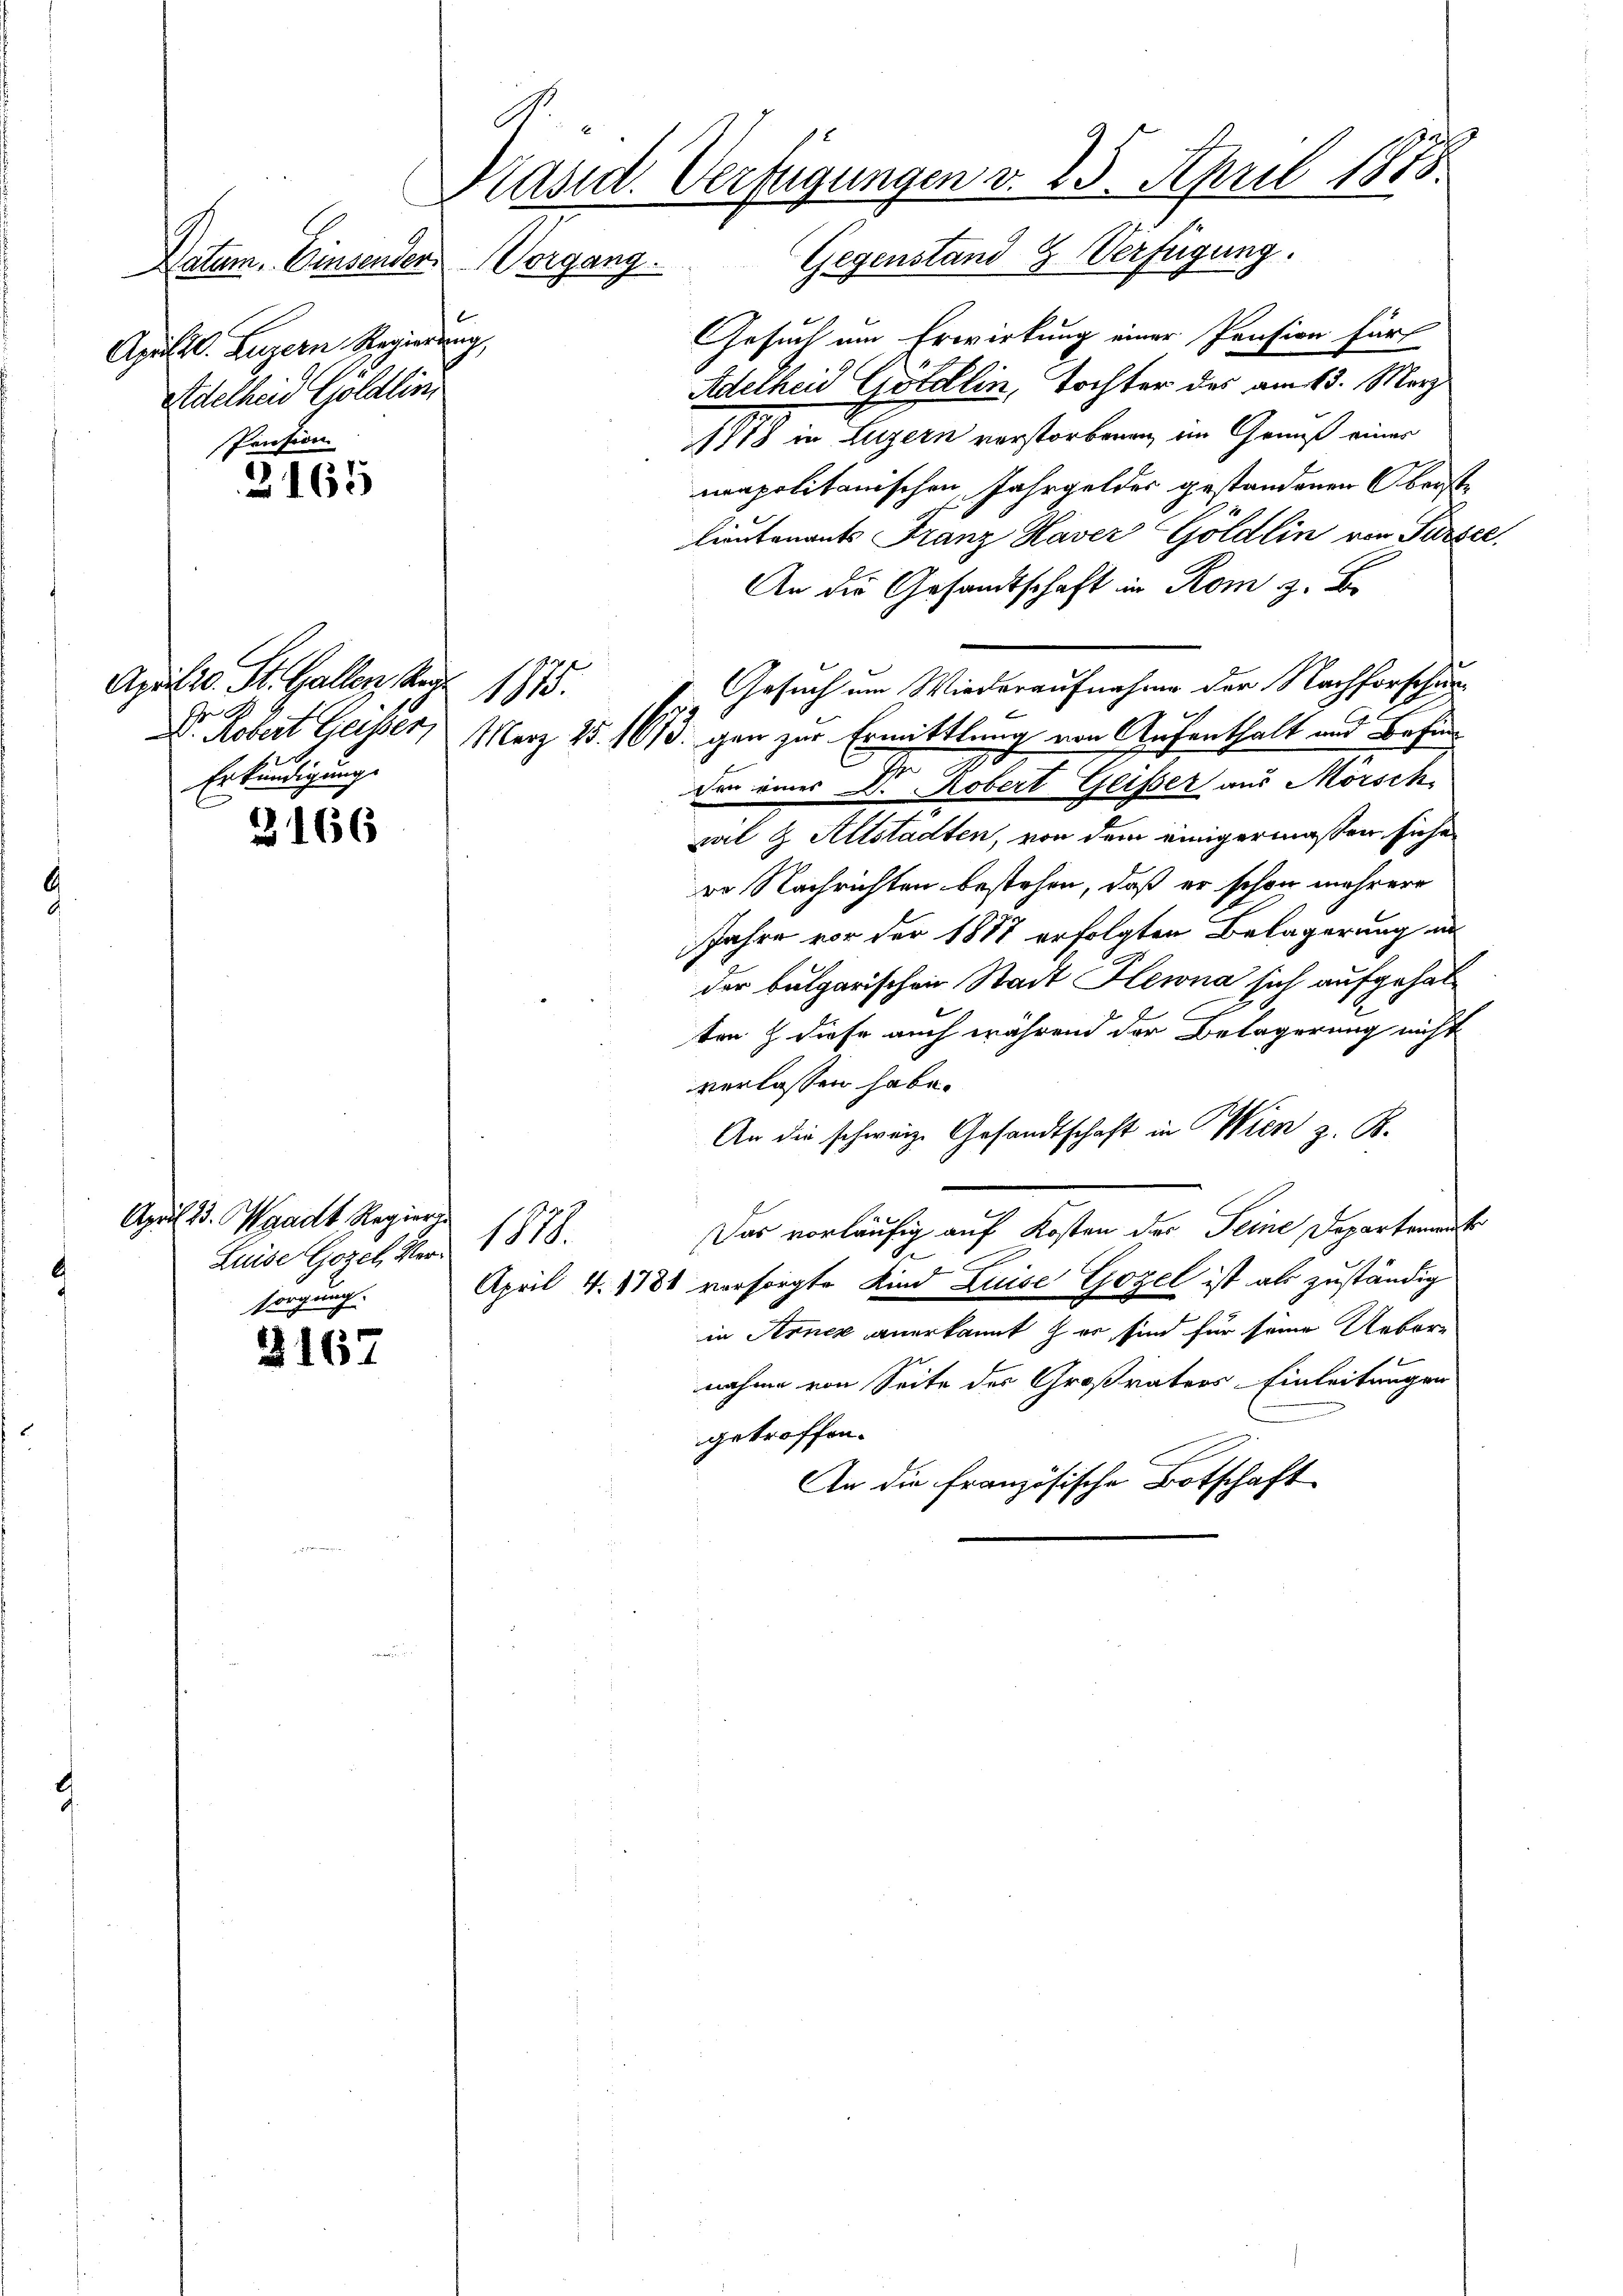
Präsid. Verfügungen d. 25. April 1875.
Natum. Einsenden Vorgang. Gegenstand & Verfügung.

Aprilil. Luzern Regierung,
Adelheid Göldlin,
Pension

3165

3166

3167

Aprilio. St. Gallen, Reg.
u
0
Erkundigung

April 23. Waadt Regier
Luise Gozel Merz 1878.
sorgung.

Gesuch um Erwirkung einer Pension fürt
Adelheid Götellin, Tochter des am 13. März
2
1878 in Luzern verstorbenen im Genuß einer
mapolitanischen Jahrgeldes gestandenen Oberste
lieutenants Franz Havez-Göldlin von Sursee,
An die Gesandtschaft in Rom z. B.
Gesuch um Wiederaufnahme der Nachforschung
t
2
der eines Dr. Robert Geisser aus Mörsch
wil & Altstadten, von dem einigermaßen siche
ro Nachrichten bestehen, daß er schon mehrere
Jahre vor der 1877 erfolgten Belagerung in
der bulgarischen Stadt Hlewna sich aufgehalten & diese auch während der Belagerung nicht
verlassen habe.
An die schweiz. Gesandtschaft in Wien z. B.
Das vorläufig auf Kosten der Seine Departement
April 4. 1781 vorsorgte Kind Luise Gozel ist als zuständig
in Arnez anerkannt & er sind für seine Uebere
nahme von Seite des Großraters Einleitungen
getroffen.
An die französische Botschaft

1875.

Dr. Kobert Geisser, März 25. 1613. gen zur Ermittlung von Aufenthalt und Befin¬